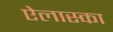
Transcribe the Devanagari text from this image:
ऐलास्का